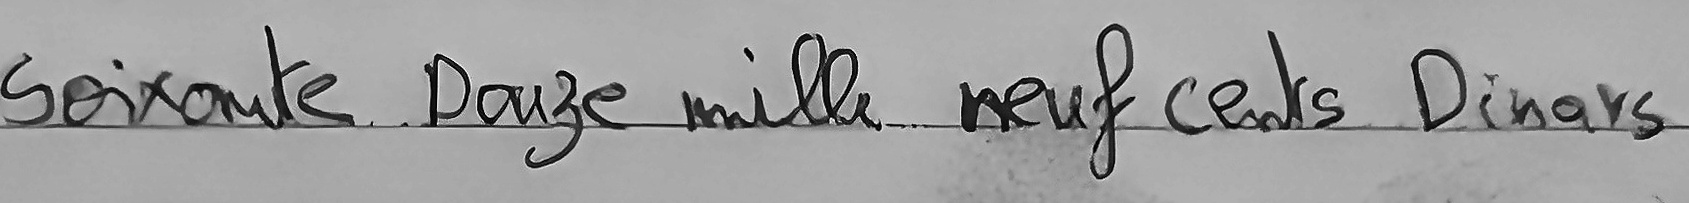
Soixante Douze mille neuf cents Dinars